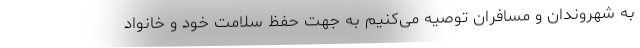
به شهروندان و مسافران توصیه می‌کنیم به جهت حفظ سلامت خود و خانواد